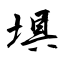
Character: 埧